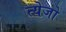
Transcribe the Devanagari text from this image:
त्येजो